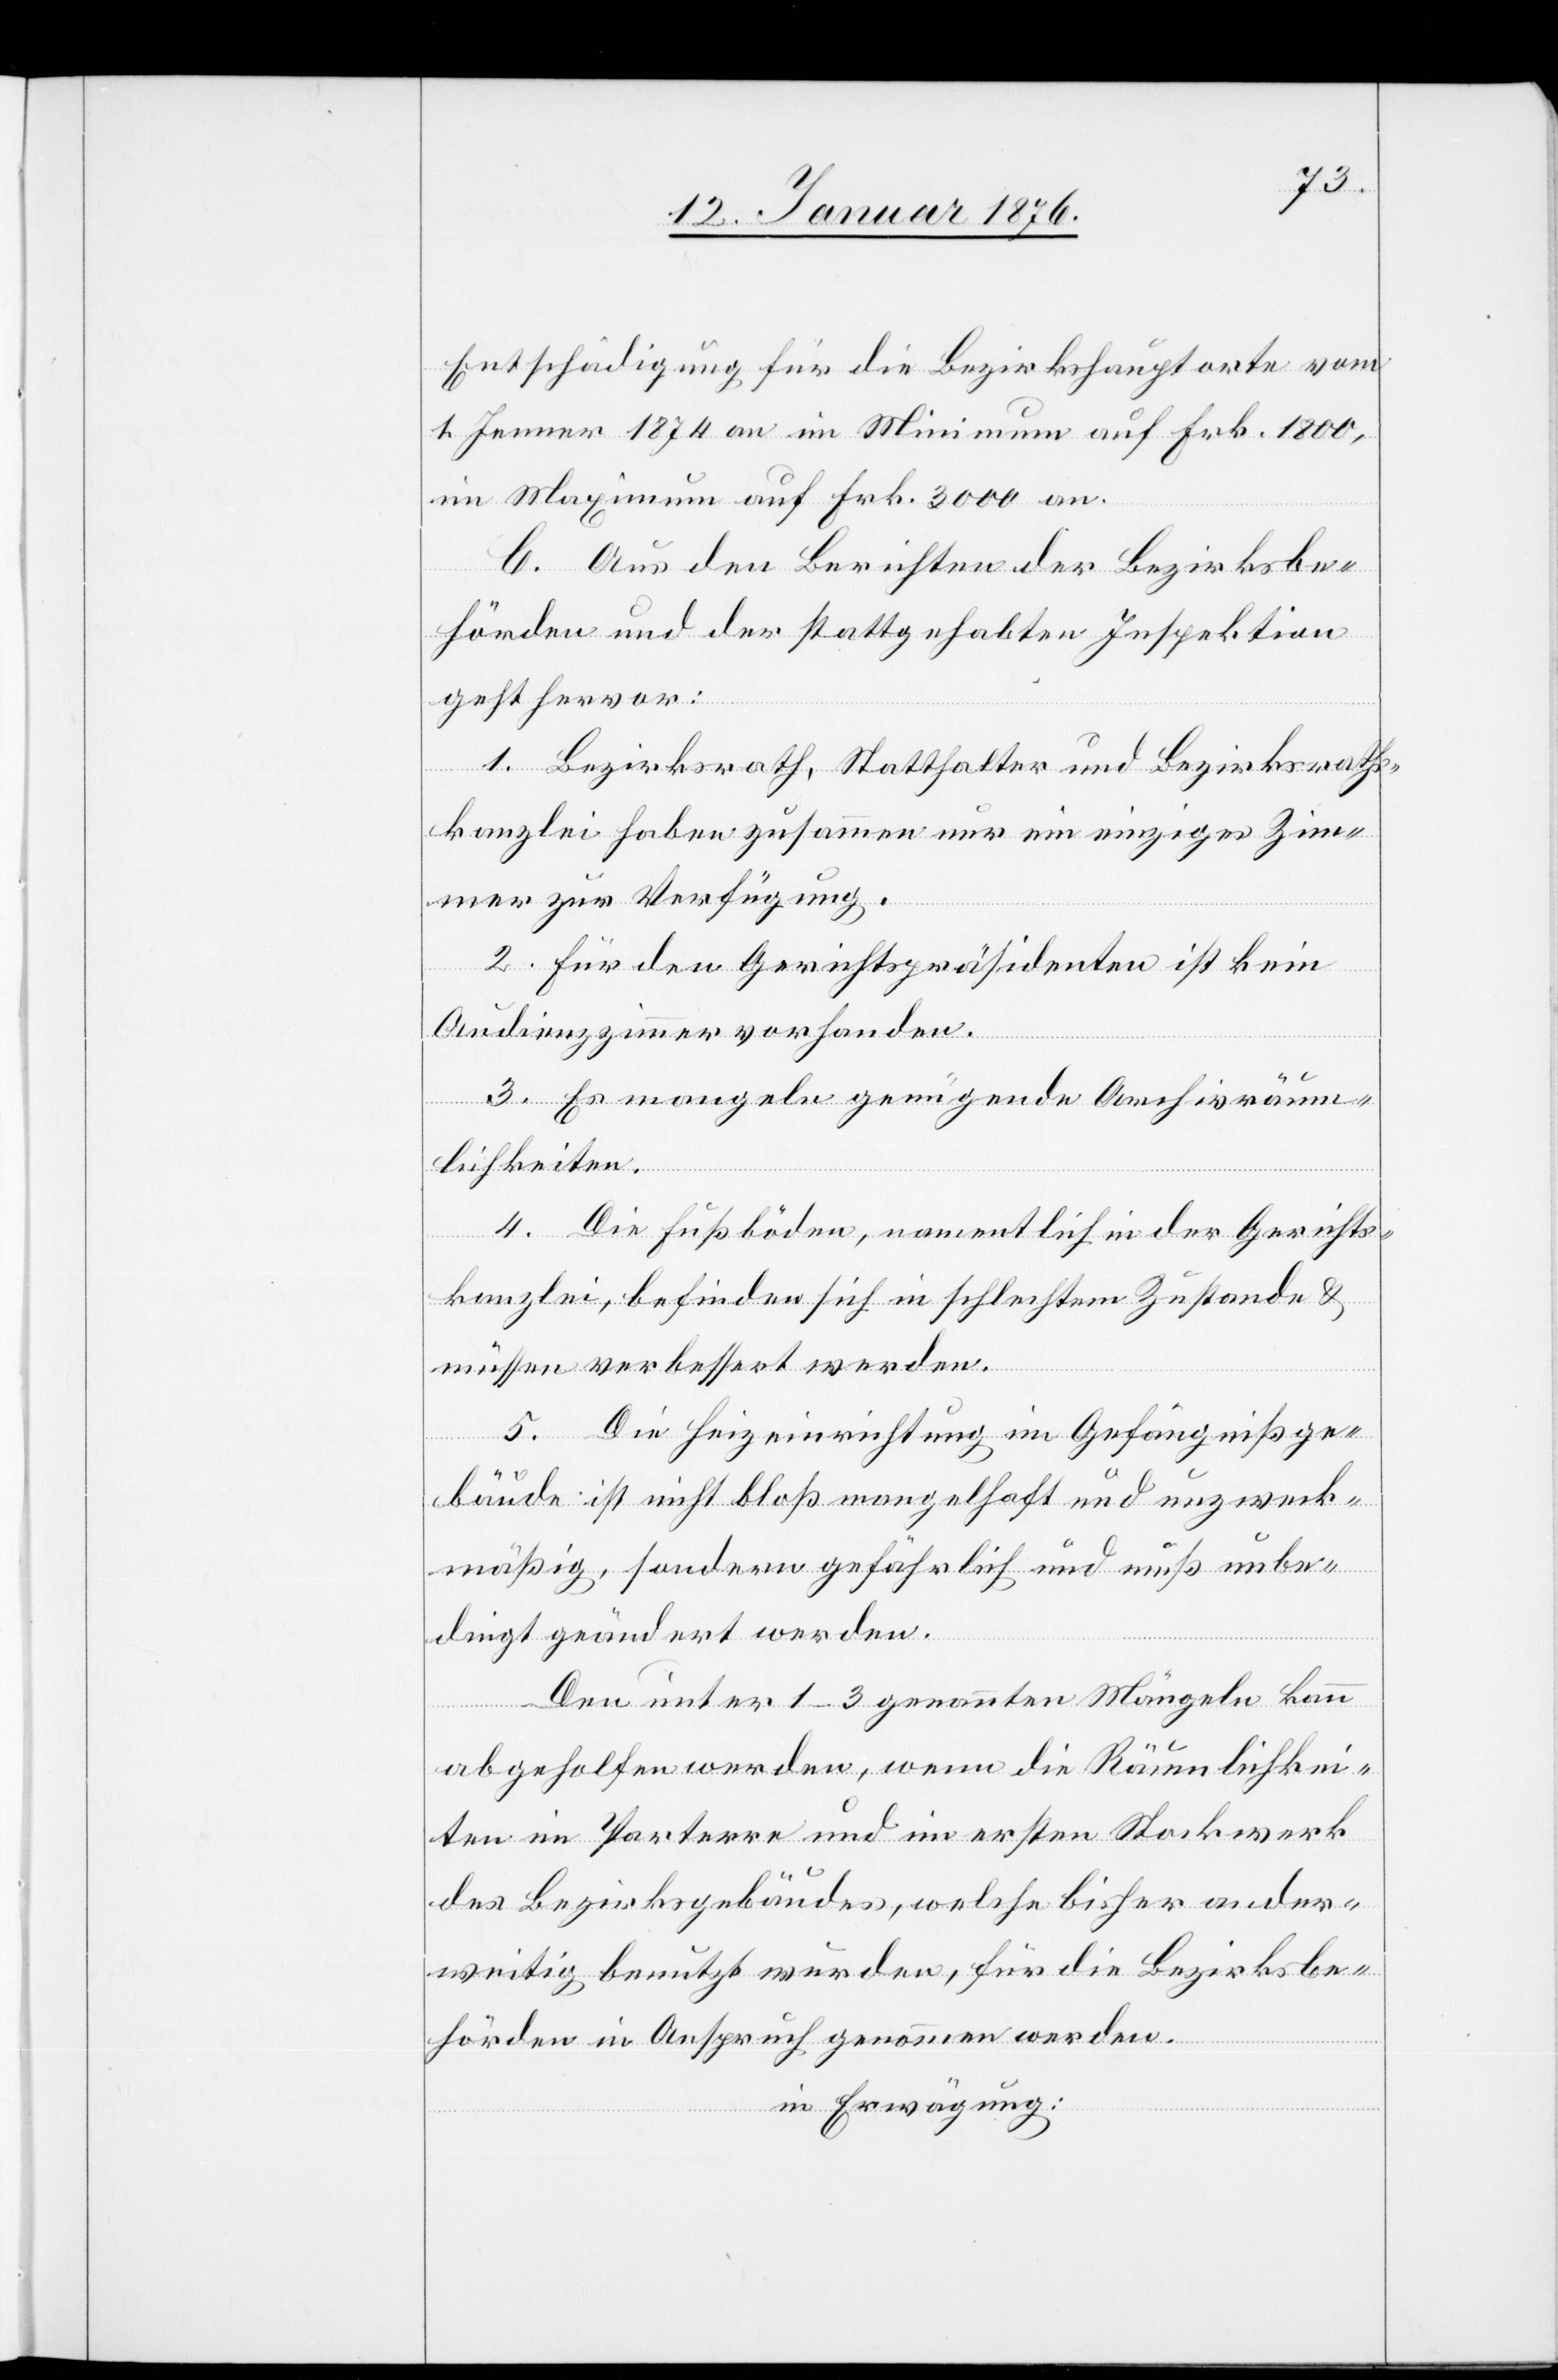
Entschädigung für die Bezirkshauptorte vom
1. Jenner 1874 an im Minimum auf Frk. 1800,
im Maximum auf Frk. 3000 an.
C. Aus den Berichten der Bezirksbe¬
hörden und der stattgehabten Inspektion
geht hervor:
1. Bezirksrath, Statthalter und Bezirksraths¬
kanzlei haben zusammen nur ein einziges Zim¬
mer zur Verfügung.
2. Für den Gerichtspräsidenten ist kein
Audienzzimmer vorhanden.
3. Es mangeln genügende Archivräum¬
lichkeiten.
4. Die Fußböden, namentlich in der Gerichts¬
kanzlei, befinden sich in schlechtem Zustande u.
müssen verbessert werden.
5. Die Heizeinrichtung im Gefängnißge¬
bäude ist nicht bloß mangelhaft und unzweck¬
mäßig, sondern gefährlich und muß unbe¬
dingt geändert werden.
Den unter 1–3 genannten Mängeln kann
abgeholfen werden, wenn die Räumlichkei¬
ten im Parterre und im ersten Stockwerk
des Bezirksgebäudes, welche bisher ander¬
weitig benutzt wurden, für die Bezirksbe¬
hörden in Anspruch genommen werden.
in Erwägung: